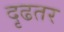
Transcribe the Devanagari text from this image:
दृढतर